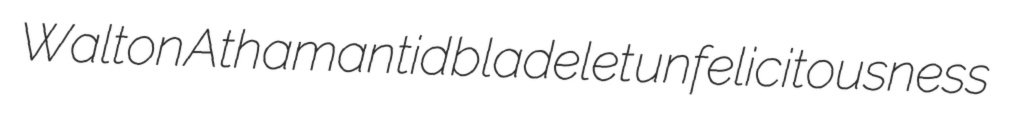
Walton Athamantid bladelet unfelicitousness